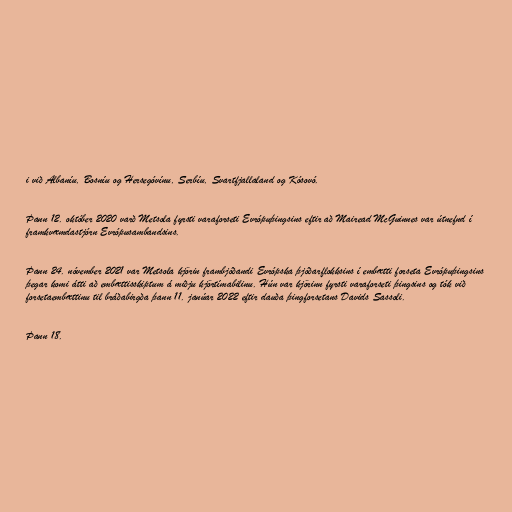
i við Albaníu, Bosníu og Hersegóvínu, Serbíu, Svartfjallaland og Kósovó.

Þann 12. október 2020 varð Metsola fyrsti varaforseti Evrópuþingsins eftir að Mairead McGuinnes var útnefnd í
framkvæmdastjórn Evrópusambandsins.

Þann 24. nóvember 2021 var Metsola kjörin frambjóðandi Evrópska þjóðarflokksins í embætti forseta Evrópuþingsins
þegar komi átti að embættisskiptum á miðju kjörtímabilinu. Hún var kjörinn fyrsti varaforseti þingsins og tók við
forsetaembættinu til bráðabirgða þann 11. janúar 2022 eftir dauða þingforsetans Davids Sassoli.

Þann 18.